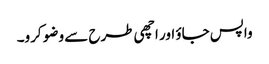
واپس جاؤ اور اچھی طرح سے وضو کرو۔